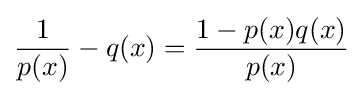
{\frac {1}{p(x)}}-q(x)={\frac {1-p(x)q(x)}{p(x)}}